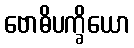
ဗောဓိပက္ခိယော